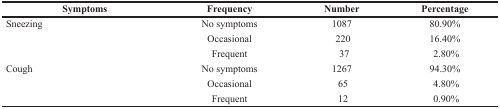
<table><thead><tr><td><b>Symptoms</b></td><td><b>Frequency</b></td><td><b>Number</b></td><td><b>Percentage</b></td></tr></thead><tbody><tr><td>Sneezing</td><td>No symptoms</td><td>1087</td><td>80.90%</td></tr><tr><td></td><td>Occasional</td><td>220</td><td>16.40%</td></tr><tr><td></td><td>Frequent</td><td>37</td><td>2.80%</td></tr><tr><td>Cough</td><td>No symptoms</td><td>1267</td><td>94.30%</td></tr><tr><td></td><td>Occasional</td><td>65</td><td>4.80%</td></tr><tr><td></td><td>Frequent</td><td>12</td><td>0.90%</td></tr></tbody></table>